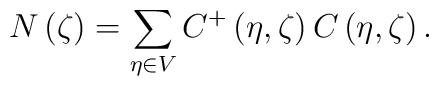
N\left( \zeta \right) =\sum_{\eta \in V}C^{+}\left( \eta ,\zeta \right) C\left( \eta ,\zeta \right) .